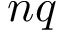
n q